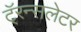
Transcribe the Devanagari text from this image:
टॅ्रन्सलेटर